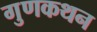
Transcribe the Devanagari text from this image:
गुणकथन